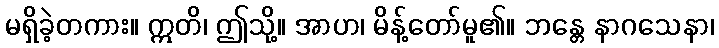
မရှိခဲ့တကား။ ဣတိ၊ ဤသို့။ အာဟ၊ မိန့်တော်မူ၏။ ဘန္တေ နာဂသေနာ၊